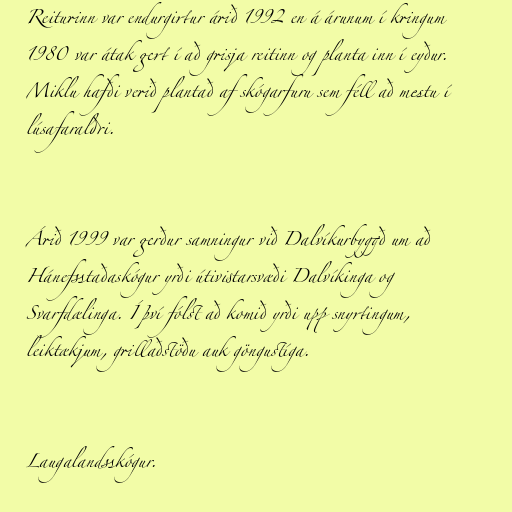
Reiturinn var endurgirtur árið 1992 en á árunum í kringum
1980 var átak gert í að grisja reitinn og planta inn í eyður.
Miklu hafði verið plantað af skógarfuru sem féll að mestu í
lúsafaraldri.

Árið 1999 var gerður samningur við Dalvíkurbyggð um að
Hánefsstaðaskógur yrði útivistarsvæði Dalvíkinga og
Svarfdælinga. Í því fólst að komið yrði upp snyrtingum,
leiktækjum, grillaðstöðu auk göngustíga.

Laugalandsskógur.